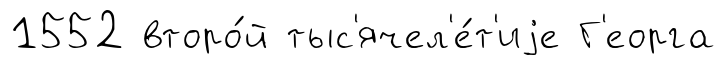
1552 второ́й тыс'ячел'е́т'иjе Г'еорга